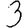
Digit: 3